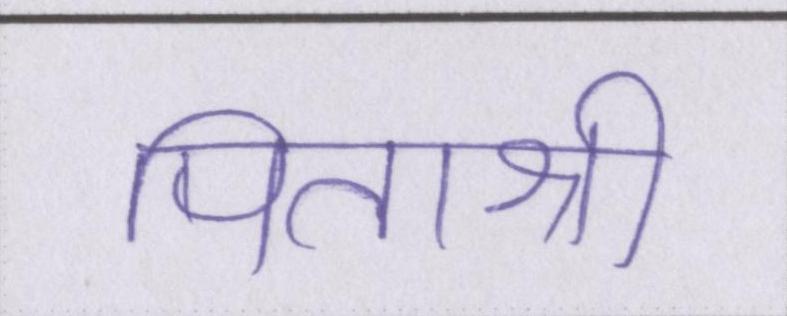
पिताश्री